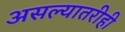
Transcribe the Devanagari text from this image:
असल्यातरीही